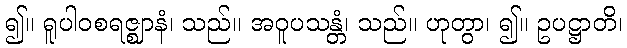
၍။ ရူပါဝစရဇ္ဈာနံ၊ သည်။ အဝူပသန္တံ၊ သည်။ ဟုတွာ၊ ၍။ ဥပဋ္ဌာတိ၊